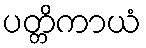
ပတ္တိကာယံ